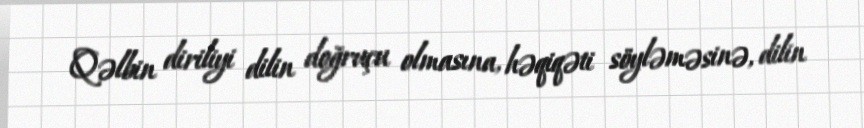
Qəlbin diriliyi dilin doğruçu olmasına, həqiqəti söyləməsinə, dilin